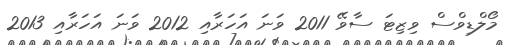
މޯލްޑިވްސް ވިޒިޓަ ސާވޭ 2011 ވަނަ އަހަރާއި 2012 ވަނަ އަހަރާއި 2013